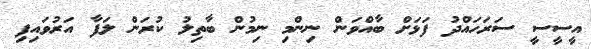
އީސީސީ ސަރަހައްދު ފަޅަށް ބާއްވަން ނިންމި ނިމުން ބާތިލު ކުރަން ލަފާ އަރުވައިފި